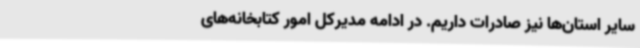
سایر استان‌ها نیز صادرات داریم. در ادامه مدیرکل امور کتابخانه‌های